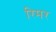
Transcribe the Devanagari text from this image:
रिमर